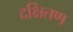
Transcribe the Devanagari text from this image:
दक्षितण